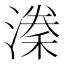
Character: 𭲈